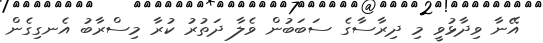
އޭނާ ވިދާޅުވީ މި ދިރާސާގެ ސަބަބުން ވެލާ ދަތުރު ކުރާ މިސްރާބު އެނގިގެން